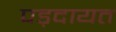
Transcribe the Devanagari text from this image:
पड़दायत